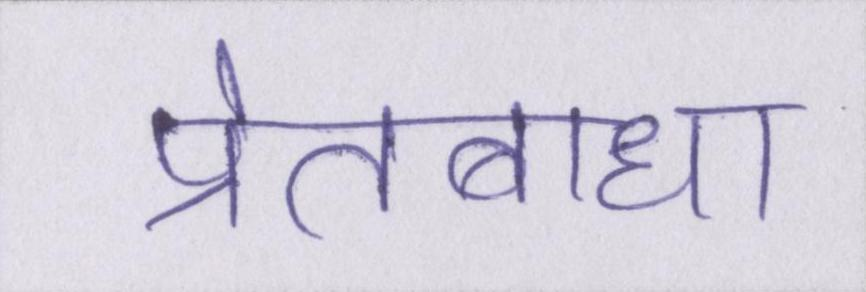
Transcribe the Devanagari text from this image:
प्रेतबाधा